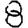
Digit: 8